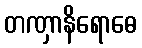
တဏှာနိရောဓေ